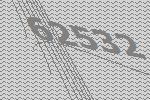
62532